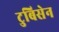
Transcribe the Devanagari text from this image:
टुबिसेन